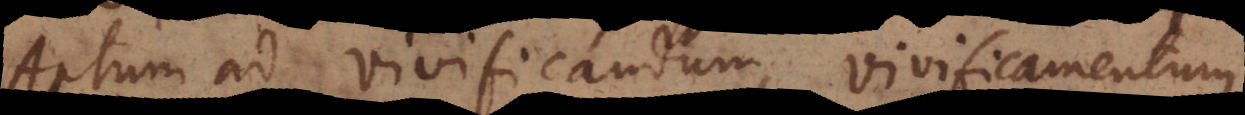
Aptum ad vivificandum, vivificamentum,